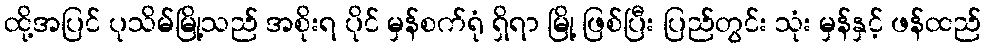
ထို့အပြင် ပုသိမ်မြို့သည် အစိုးရ ပိုင် မှန်စက်ရုံ ရှိရာ မြို့ ဖြစ်ပြီး ပြည်တွင်း သုံး မှန်နှင့် ဖန်ထည်